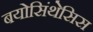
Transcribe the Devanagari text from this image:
बयोसिंथेसिस